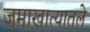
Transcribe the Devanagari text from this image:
जमाखात्यातले